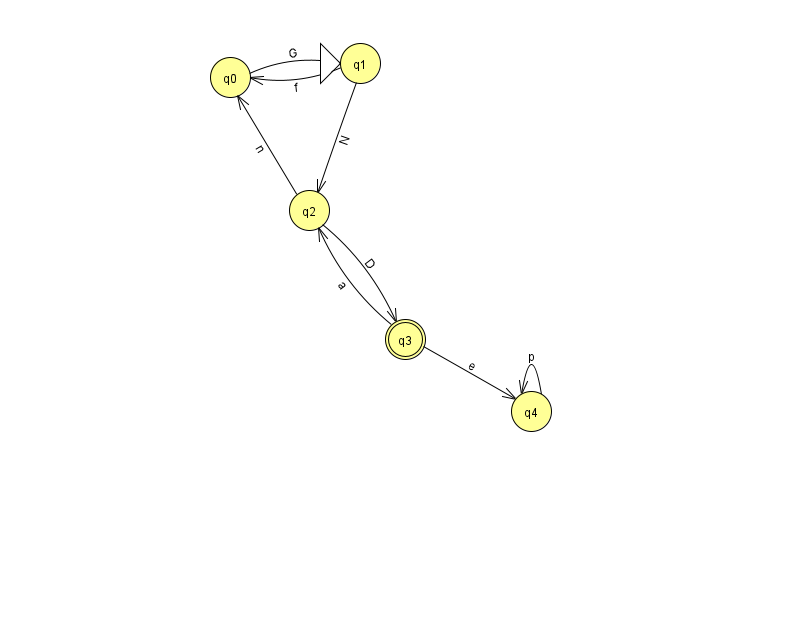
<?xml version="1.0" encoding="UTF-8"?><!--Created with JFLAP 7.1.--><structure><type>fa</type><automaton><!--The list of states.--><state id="0" name="q0"><x>230.0</x><y>64.0</y></state><state id="1" name="q1"><x>360.0</x><y>50.0</y><initial/></state><state id="2" name="q2"><x>309.0</x><y>197.0</y></state><state id="3" name="q3"><x>405.0</x><y>326.0</y><final/></state><state id="4" name="q4"><x>531.0</x><y>398.0</y></state><!--The list of transitions.--><transition><from>4</from><to>4</to><read>p</read></transition><transition><from>2</from><to>3</to><read>D</read></transition><transition><from>1</from><to>0</to><read>f</read></transition><transition><from>0</from><to>1</to><read>G</read></transition><transition><from>3</from><to>2</to><read>a</read></transition><transition><from>1</from><to>2</to><read>N</read></transition><transition><from>2</from><to>0</to><read>n</read></transition><transition><from>3</from><to>4</to><read>e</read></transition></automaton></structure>